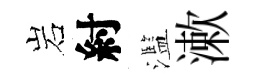
岩紂濫漱